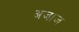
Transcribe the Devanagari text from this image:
अजाज